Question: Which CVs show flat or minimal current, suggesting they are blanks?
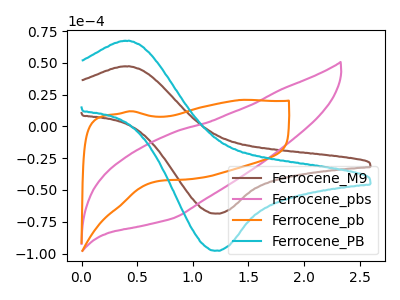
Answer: <think>The brown curve "Ferrocene_M9" has an anodic peak at (0.40V, 47.25uA) and a cathodic peak at (1.20V, -68.65uA). The pink curve "Ferrocene_pbs" has no peaks. The orange curve "Ferrocene_pb" has no peaks. The cyan curve "Ferrocene_PB" has an anodic peak at (0.40V, 67.35uA) and a cathodic peak at (1.20V, -97.85uA).</think>
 <answer>"Ferrocene_pbs" and "Ferrocene_pb" are likely to be blanks.</answer>
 <eval>"Ferrocene_pbs", "Ferrocene_pb"</eval>